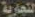
التجارية